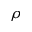
\rho